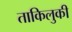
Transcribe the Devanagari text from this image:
ताकिलुकी